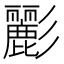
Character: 彲